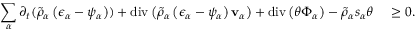
\begin{array} { r l } { \displaystyle \sum _ { \alpha } \partial _ { t } ( \tilde { \rho } _ { \alpha } \left( \epsilon _ { \alpha } - \psi _ { \alpha } \right) ) + \mathrm { d i v } \left( \tilde { \rho } _ { \alpha } \left( \epsilon _ { \alpha } - \psi _ { \alpha } \right) \mathbf { v } _ { \alpha } \right) + \mathrm { d i v } \left( \theta \boldsymbol { \Phi } _ { \alpha } \right) - \tilde { \rho } _ { \alpha } s _ { \alpha } \theta } & { ~ \geq 0 . } \end{array}